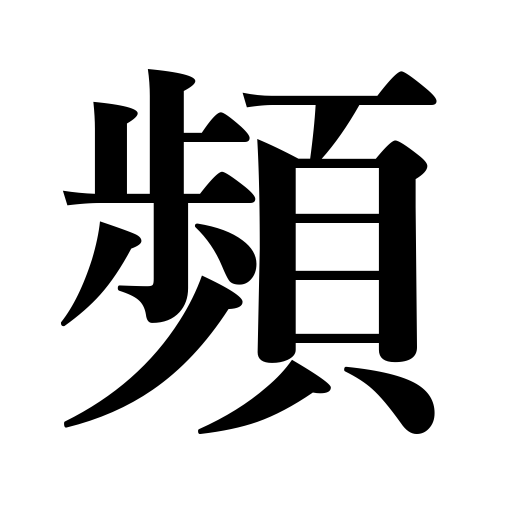
Meanings: occur repeatedly,repeat